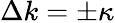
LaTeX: \Delta k=\pm\kappa